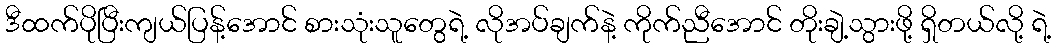
ဒီထက်ပိုပြီးကျယ်ပြန့်အောင် စားသုံးသူတွေရဲ့ လိုအပ်ချက်နဲ့ ကိုက်ညီအောင် တိုးချဲ့သွားဖို့ ရှိတယ်လို့ ရဲ့